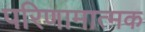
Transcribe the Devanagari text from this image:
परिणामात्‍मक